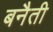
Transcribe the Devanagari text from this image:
बनैती